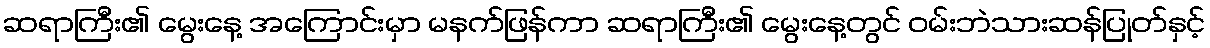
ဆရာကြီး၏ မွေးနေ့ အကြောင်းမှာ မနက်ဖြန်ကာ ဆရာကြီး၏ မွေးနေ့တွင် ဝမ်းဘဲသားဆန်ပြုတ်နှင့်